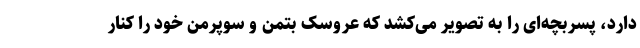
دارد، پسربچه‌ای را به تصویر می‌کشد که عروسک بتمن و سوپرمن خود را کنار